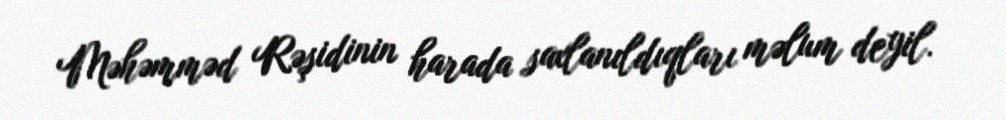
Məhəmməd Rəşidinin harada saxlanıldıqları məlum deyil.